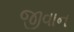
જીવાન